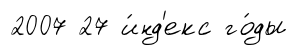
2007 27 и́нд'екс го́ды